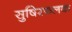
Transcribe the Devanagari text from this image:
सुषिरफलक